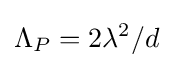
\Lambda _{P}=2\lambda ^{2}/d